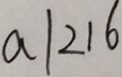
a \vert 2 1 6